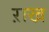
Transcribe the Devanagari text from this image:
ऱाख